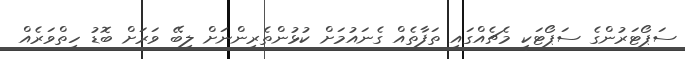
ސަޕޯޓަރުންގެ ސަޕޯޓަކީ މެޗެއްގައި ތަފާތެއް ގެނައުމަށް ކުޅުންތެރިންނަށް ލިބޭ ވަރަށް ބޮޑު ހިތްވަރެއް